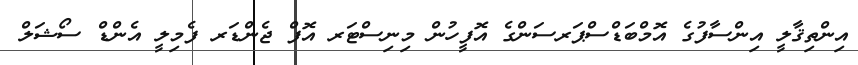
އިންތިޤާލީ އިންސާފުގެ އޮމްބަޑްސްޕަރސަންގެ އޮފީހުން މިނިސްޓަރ އޮފް ޖެންޑަރ ފެމިލީ އެންޑް ސޯޝަލް